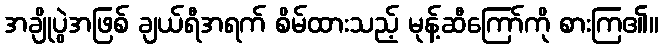
အချိုပွဲအဖြစ် ချယ်ရီအရက် စိမ်ထားသည့် မုန့်ဆီကြော်ကို စားကြ၏။